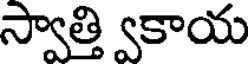
స్వాత్తి వకాయ